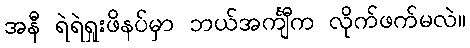
အနီ ရဲရဲရှုးဖိနပ်မှာ ဘယ်အင်္ကျီက လိုက်ဖက်မလဲ။